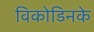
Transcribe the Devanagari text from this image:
विकोडिनके